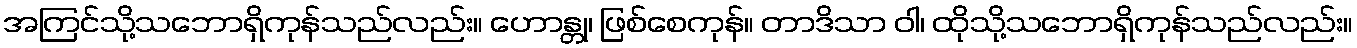
အကြင်သို့သဘောရှိကုန်သည်လည်း။ ဟောန္တု၊ ဖြစ်စေကုန်။ တာဒိသာ ဝါ၊ ထိုသို့သဘောရှိကုန်သည်လည်း။